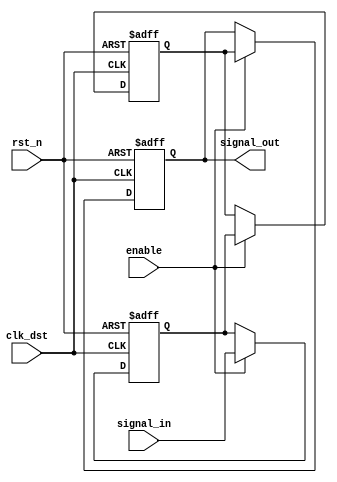
module signal_level_crossing_synchronizer #(
    parameter WIDTH = 1 // Width of the input signal
) (
    input wire clk_dst,               // Destination clock
    input wire rst_n,                 // Asynchronous reset (active low)
    input wire enable,                // Enable signal
    input wire [WIDTH-1:0] signal_in, // Input signal from source clock domain
    output reg [WIDTH-1:0] signal_out // Synchronized output signal
);

    // Internal signals for the synchronizer stages
    reg [WIDTH-1:0] sync_ff1;
    reg [WIDTH-1:0] sync_ff2;

    // Synchronized signal logic
    always @(posedge clk_dst or negedge rst_n) begin
        if (!rst_n) begin
            sync_ff1 <= {WIDTH{1'b0}}; // Initialize first stage to 0
            sync_ff2 <= {WIDTH{1'b0}}; // Initialize second stage to 0
            signal_out <= {WIDTH{1'b0}}; // Output also initialized
        end else if (enable) begin
            sync_ff1 <= signal_in; // Sample the input signal
            sync_ff2 <= sync_ff1;   // Pass the first stage output to the second stage
            signal_out <= sync_ff2;  // Output the synchronized signal
        end
    end

endmodule